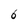
Character: 6